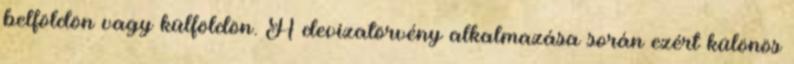
belföldön vagy külföldön. A devizatörvény alkalmazása során ezért különös